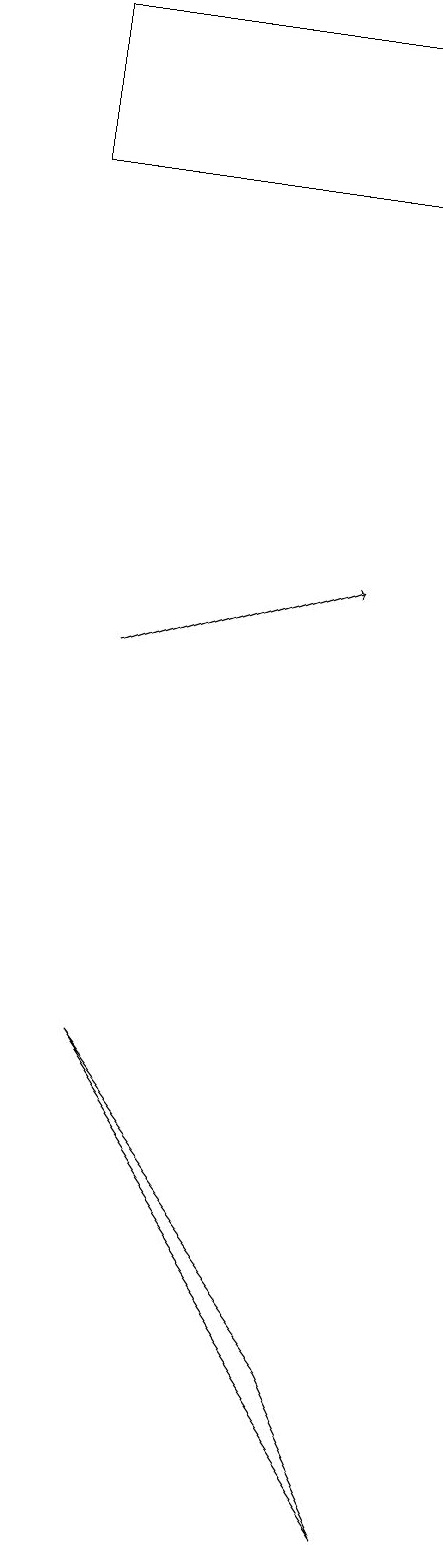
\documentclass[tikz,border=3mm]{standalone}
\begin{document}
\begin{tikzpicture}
\draw (8,17) rectangle (3,19);
\draw[->] (4,11) -- (7,12);
\draw (7,2) -- (4,6) -- (8,0) -- cycle;
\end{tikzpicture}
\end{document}